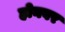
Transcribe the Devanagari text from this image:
होनवर